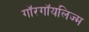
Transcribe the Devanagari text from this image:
गॉरगॉयलिज्म